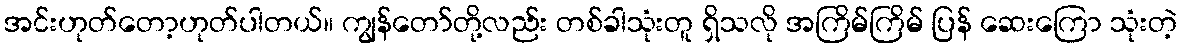
အင်းဟုတ်တော့ဟုတ်ပါတယ်။ ကျွန်တော်တို့လည်း တစ်ခါသုံးတူ ရှိသလို အကြိမ်ကြိမ် ပြန် ဆေးကြော သုံးတဲ့